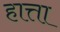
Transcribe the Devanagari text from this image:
हात्ता